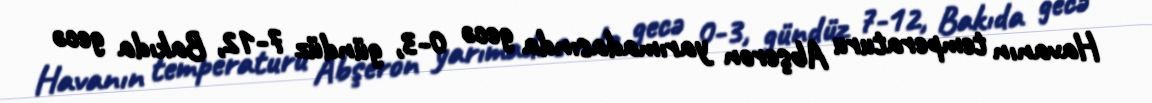
Havanın temperaturu Abşeron yarımadasında gecə 0-3, gündüz 7-12, Bakıda gecə